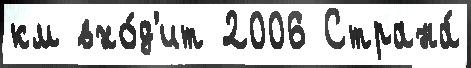
км вхо́д'ит 2006 Страна́